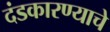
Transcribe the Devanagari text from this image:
दंडकारण्याचे